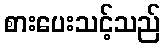
စားပေးသင့်သည်